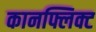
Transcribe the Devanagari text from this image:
कानफ्लिक्ट